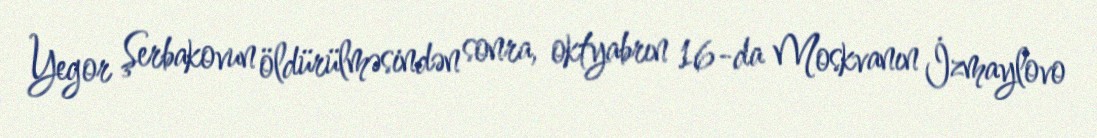
Yegor Şerbakovun öldürülməsindən sonra, oktyabrın 16-da Moskvanın İzmaylovo